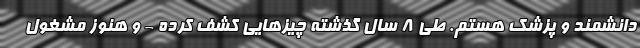
دانشمند و پزشک هستم. طی ۸ سال گذشته چیز‌هایی کشف کرده - و هنوز مشغول